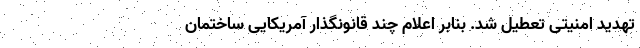
تهدید امنیتی تعطیل شد. بنابر اعلام چند قانونگذار آمریکایی ساختمان